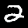
Digit: 2